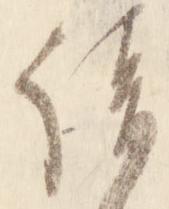
請